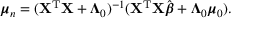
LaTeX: { \boldsymbol { \mu } } _ { n } = ( \mathbf { X } ^ { \mathrm { { T } } } \mathbf { X } + { \boldsymbol { \Lambda } } _ { 0 } ) ^ { - 1 } ( \mathbf { X } ^ { \mathrm { { T } } } \mathbf { X } { \hat { \boldsymbol { \beta } } } + { \boldsymbol { \Lambda } } _ { 0 } { \boldsymbol { \mu } } _ { 0 } ) .